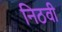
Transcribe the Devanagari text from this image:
निठवी